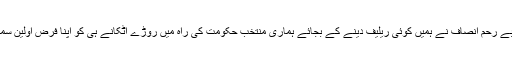
اس بے رحم انصاف نے ہمیں کوئی ریلیف دینے کے بجائے ہماری منتخب حکومت کی راہ میں روڑے اٹکانے ہی کو اپنا فرضِ اولین سمجھا۔